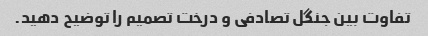
تفاوت بین جنگل تصادفی و درخت تصمیم را توضیح دهید.